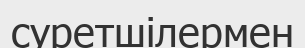
суретшілермен